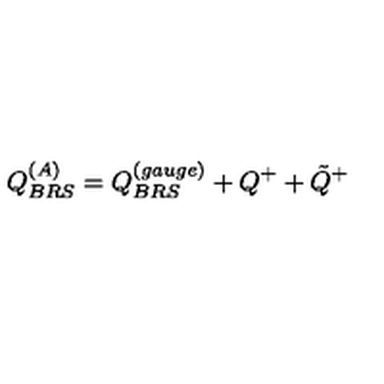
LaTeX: Q _ { B R S } ^ { ( A ) } = Q _ { B R S } ^ { ( g a u g e ) } + Q ^ { + } + { \tilde { Q } } ^ { + }